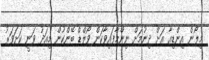
މިލޯން އިންޑިއާ އަށް ދިނުމަށް ނިންމާފައިވާކަން ވޯލްޑް ބޭންކުން މިއަދު ވަނީ ކަށަވަރު